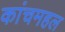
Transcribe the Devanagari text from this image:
कांचमहल